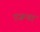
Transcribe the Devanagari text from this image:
एजन्डा